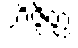
ဘိဇ္ဇိတ္ထ